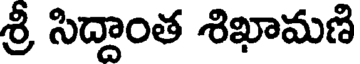
శ్రీ సిద్దాంత శిఖామణి